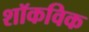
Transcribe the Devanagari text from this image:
शॉकविक